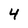
Character: 4